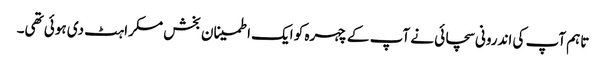
تاہم آپ کی اندرونی سچائی نے آپ کے چہرہ کو ایک اطمینان بخش مسکراہٹ دی ہوئی تھی۔